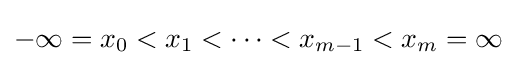
-\infty =x_{0}<x_{1}<\cdots <x_{m-1}<x_{m}=\infty